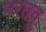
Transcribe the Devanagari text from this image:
परतवू